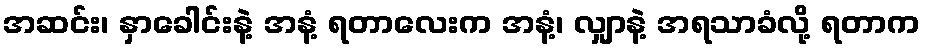
အဆင်း၊ နှာခေါင်းနဲ့ အနံ့ ရတာလေးက အနံ့၊ လျှာနဲ့ အရသာခံလို့ ရတာက